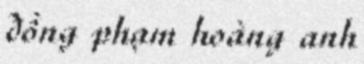
đồng phạm hoàng anh